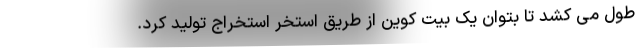
طول می کشد تا بتوان یک بیت کوین از طریق استخر استخراج تولید کرد.